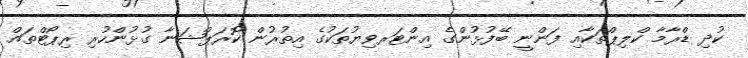
ކުދި ޑްރާމާ ކްލިޕްތަކާއި ފަންނީ ބޭފުޅުންގެ އިންޓަރވިޔުތަކުގެ އިތުރުން ކޮރަޕްޝަނާ ގުޅުންހުރި ރިޕޯޓްތައް